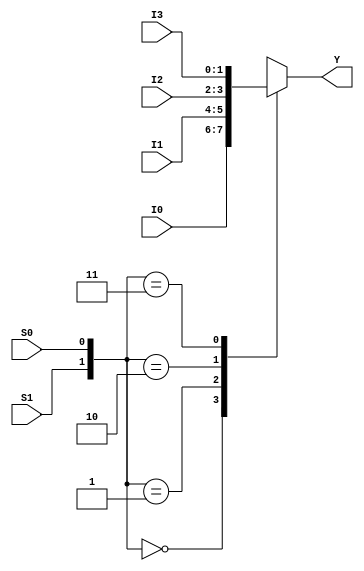
`timescale 1ns / 1ps

module mux_4to1(I0, I1, I2, I3, S0, S1, Y);

output reg [1:0] Y;
input [1:0] I0, I1, I2, I3;
input S0, S1;

always @ (*) begin

case({S1, S0})
    2'b00 : Y = I0;
    2'b01 : Y = I1;
    2'b10 : Y = I2;
    2'b11 : Y = I3;
endcase

end

endmodule